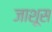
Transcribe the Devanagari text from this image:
जाशूस